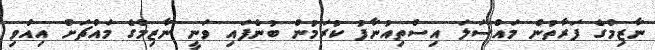
ނާޒިމްގެ ފަރާތުން މައްސަލަ އިސްތިއުނާފު ކުރަމުން ބުނެފައި ވަނީ ނާޒިމްގެ މައްޗަށް އިއްވި